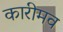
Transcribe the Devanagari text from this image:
कारीमव